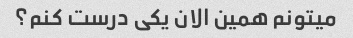
میتونم همین الان یکی درست کنم؟